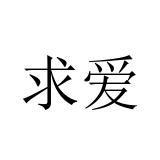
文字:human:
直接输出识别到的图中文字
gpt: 求爱